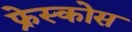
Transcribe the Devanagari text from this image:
फ्रेस्कोस